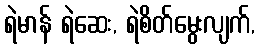
ရဲမာန် ရဲဆေး, ရဲစိတ်မွေးလျက်,